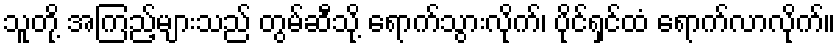
သူတို့ အကြည့်များသည် တွမ်ဆီသို့ ရောက်သွားလိုက်၊ ပိုင်ရှင်ထံ ရောက်လာလိုက်။